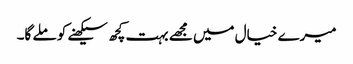
میرے خیال میں مجھے بہت کچھ سیکھنے کو ملے گا۔